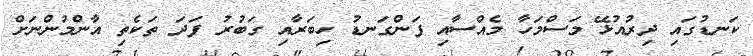
ކަނޑުގައި ދިރުއުޅޭ މަސްމަހާ މެއްސާއި ފަންގަނޑު ހިބަރާއި ގަބުރު ފަދަ ތަކެތި އާންމުންނަށް